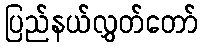
ပြည်နယ်လွှတ်တော်